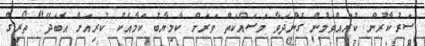
ސަރުކާރުން ކުރައްވަމުން ގެންދަވާ މަސައްކަތް ވަރަށް ކާމިޔާބު ކަމާއެކު ކުރިއަށް އެބަދޭ" ތޯރިގް